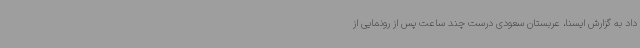
داد به گزارش ایسنا، عربستان سعودی درست چند ساعت پس از رونمایی از